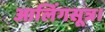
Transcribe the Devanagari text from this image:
आलिंगसूत्र।